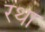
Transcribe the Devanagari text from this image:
रथा